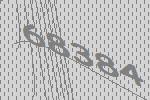
68384